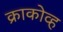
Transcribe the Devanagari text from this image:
क्राकोव्ह